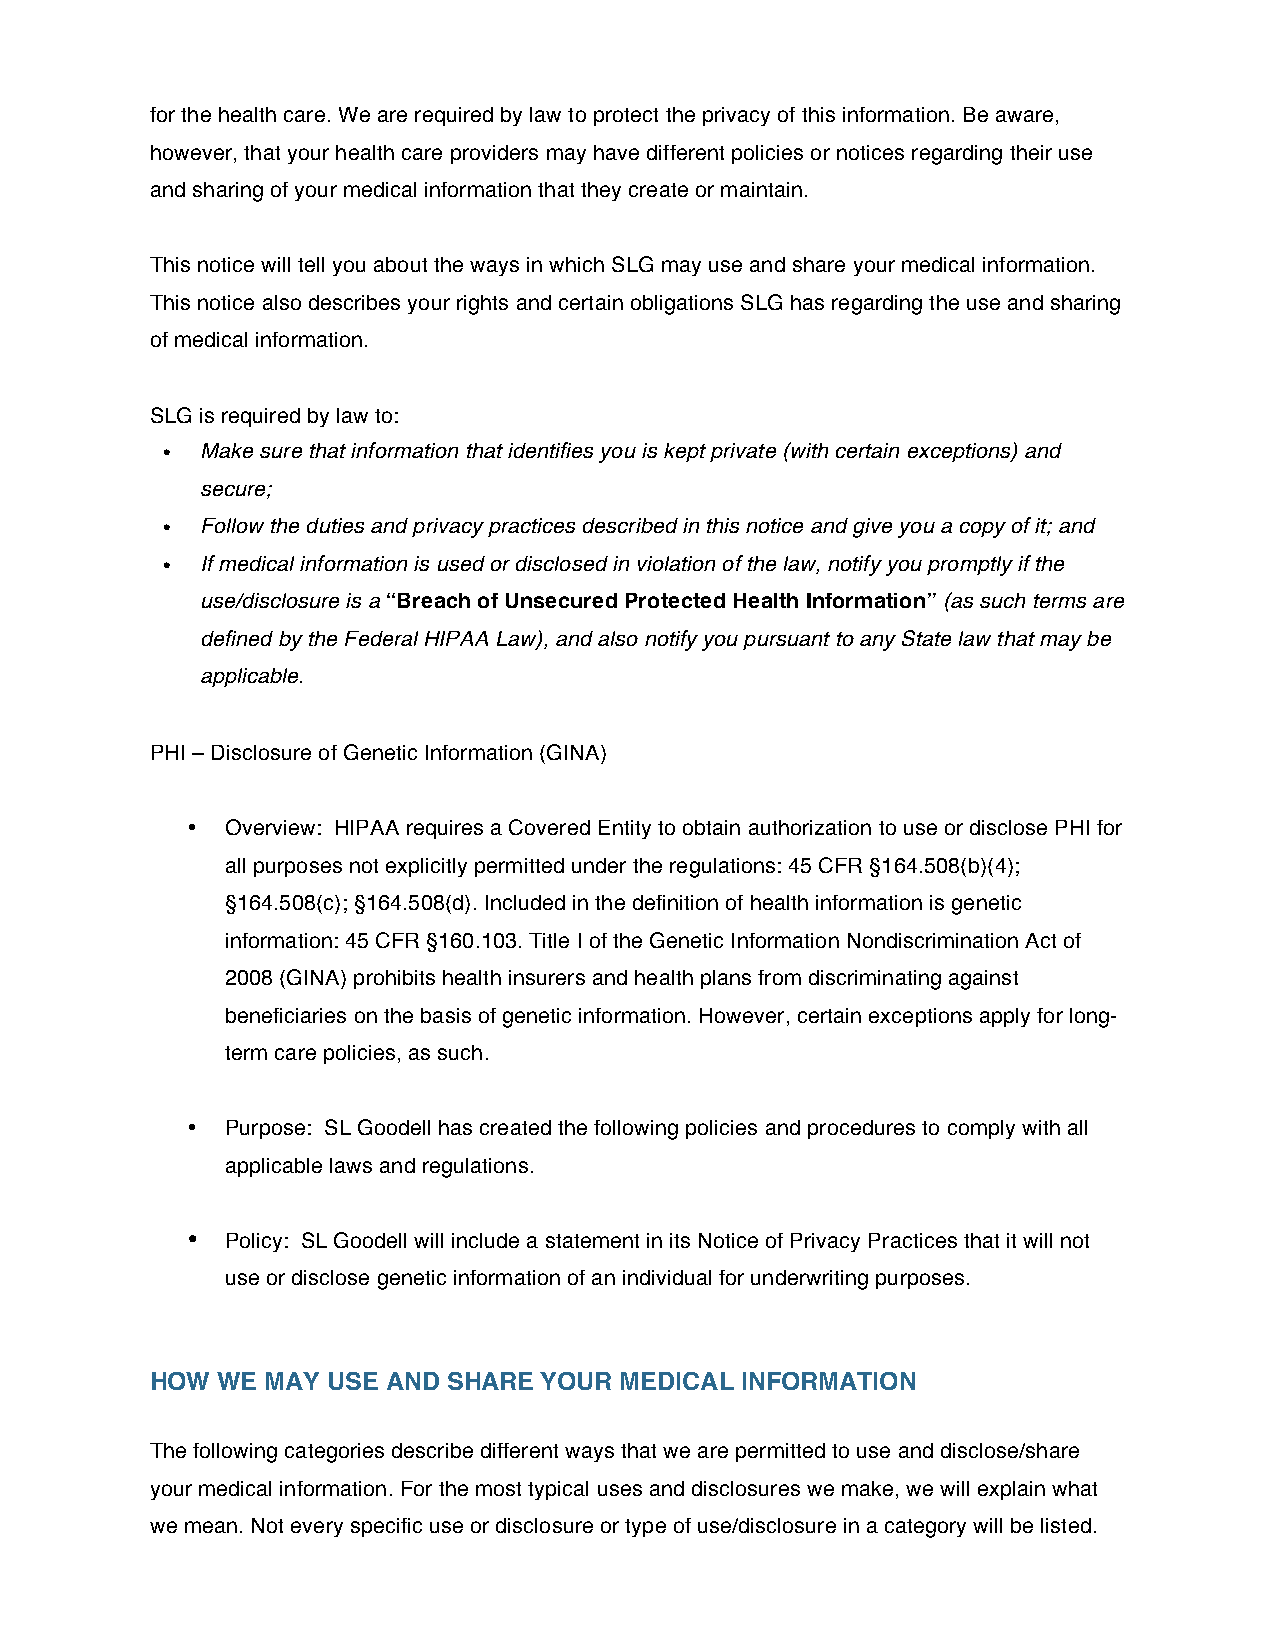
for the health care. We are required by law to protect the privacy of this information. Be aware,
 however, that your health care providers may have different policies or notices regarding their use
 and sharing of your medical information that they create or maintain.
 This notice will tell you about the ways in which SLG may use and share your medical information.
 This notice also describes your rights and certain obligations SLG has regarding the use and sharing
 of medical information.
 SLG is required by law to:
 • Make sure that information that identifies you is kept private (with certain exceptions) and
 secure;
 • Follow the duties and privacy practices described in this notice and give you a copy of it; and
 • If medical information is used or disclosed in violation of the law, notify you promptly if the
 use/disclosure is a “Breach of Unsecured Protected Health Information” (as such terms are
 defined by the Federal HIPAA Law), and also notify you pursuant to any State law that may be
 applicable.
 PHI – Disclosure of Genetic Information (GINA)
 •  Overview: HIPAA requires a Covered Entity to obtain authorization to use or disclose PHI for
 all purposes not explicitly permitted under the regulations: 45 CFR §164.508(b)(4);
 §164.508(c); §164.508(d). Included in the definition of health information is genetic
 information: 45 CFR §160.103. Title I of the Genetic Information Nondiscrimination Act of
 2008 (GINA) prohibits health insurers and health plans from discriminating against
 beneficiaries on the basis of genetic information. However, certain exceptions apply for long-
 term care policies, as such.
 •  Purpose: SL Goodell has created the following policies and procedures to comply with all
 applicable laws and regulations.
 •  Policy: SL Goodell will include a statement in its Notice of Privacy Practices that it will not
 use or disclose genetic information of an individual for underwriting purposes.
 HOW WE  MAY USE AND SHARE YOUR MEDICAL INFORMATION
 The following categories describe different ways that we are permitted to use and disclose/share
 your medical information. For the most typical uses and disclosures we make, we will explain what
 we mean. Not every specific use or disclosure or type of use/disclosure in a category will be listed.